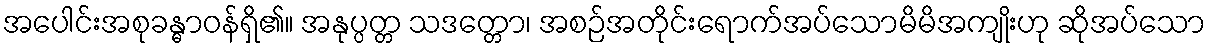
အပေါင်းအစုခန္ဓာဝန်ရှိ၏။ အနုပ္ပတ္တ သဒတ္တော၊ အစဉ်အတိုင်းရောက်အပ်သောမိမိအကျိုးဟု ဆိုအပ်သော